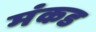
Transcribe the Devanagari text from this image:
मंकड